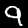
Digit: 9